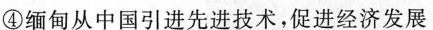
④缅甸从中国引进先进技术，促进经济发展